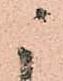
ニ